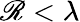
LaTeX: \mathscr{R}<\lambda